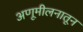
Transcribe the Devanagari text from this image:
अणूमीलनातून